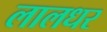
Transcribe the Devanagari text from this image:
लालधर